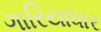
ગારિયાધાર